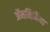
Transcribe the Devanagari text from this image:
ॲमनिमिया